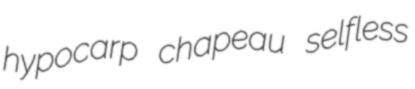
hypocarp chapeau selfless